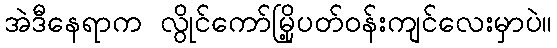
အဲဒီနေရာက လွိုင်ကော်မြို့ပတ်ဝန်းကျင်လေးမှာပဲ။